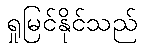
ရှုမြင်နိုင်သည်